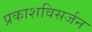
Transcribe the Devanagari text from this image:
प्रकाशविसर्जन